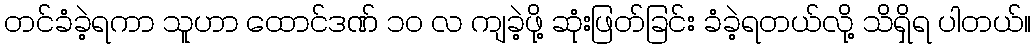
တင်ခံခဲ့ရကာ သူဟာ ထောင်ဒဏ် ၁၀ လ ကျခဲ့ဖို့ ဆုံးဖြတ်ခြင်း ခံခဲ့ရတယ်လို့ သိရှိရ ပါတယ်။